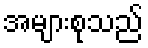
အများစုသည်